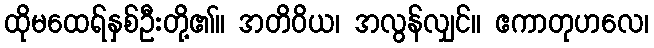
ထိုမထေရ်နှစ်ဦးတို့၏။ အတိဝိယ၊ အလွန်လျှင်။ ဧကာတုဟလေ၊